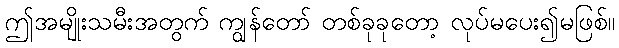
ဤအမျိုးသမီးအတွက် ကျွန်တော် တစ်ခုခုတော့ လုပ်မပေး၍မဖြစ်။